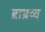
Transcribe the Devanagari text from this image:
ब्राभ्रव्य